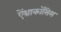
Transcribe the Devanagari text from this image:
ऐंथ्राकॉसिस